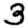
Digit: 3